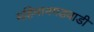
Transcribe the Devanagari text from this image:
महिमानगडवाडी